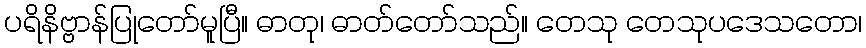
ပရိနိဗ္ဗာန်ပြုတော်မူပြီ။ ဓာတု၊ ဓာတ်တော်သည်။ တေသု တေသုပဒေသတော၊